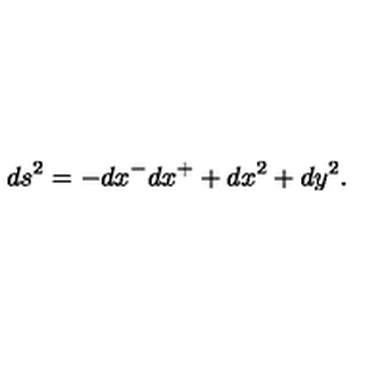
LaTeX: d s ^ { 2 } = - d x ^ { - } d x ^ { + } + d x ^ { 2 } + d y ^ { 2 } .